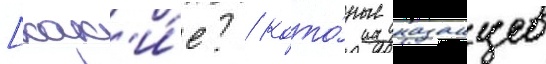
[как'и́е? / кото́рые казанцев